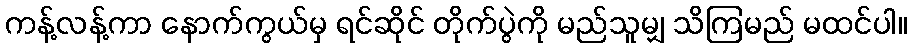
ကန့်လန့်ကာ နောက်ကွယ်မှ ရင်ဆိုင် တိုက်ပွဲကို မည်သူမျှ သိကြမည် မထင်ပါ။